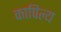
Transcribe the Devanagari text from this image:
कापिल्य